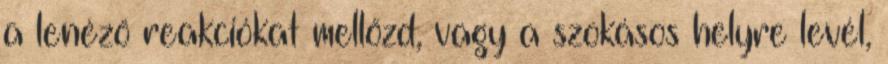
a lenéző reakciókat mellőzd, vagy a szokásos helyre levél,